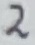
Text: 2